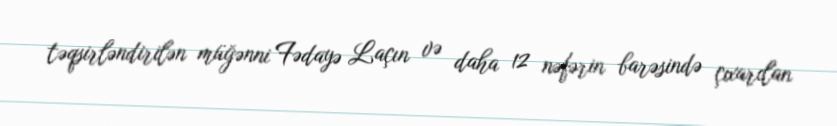
təqsirləndirilən müğənni Fədayə Laçın və daha 12 nəfərin barəsində çıxarılan